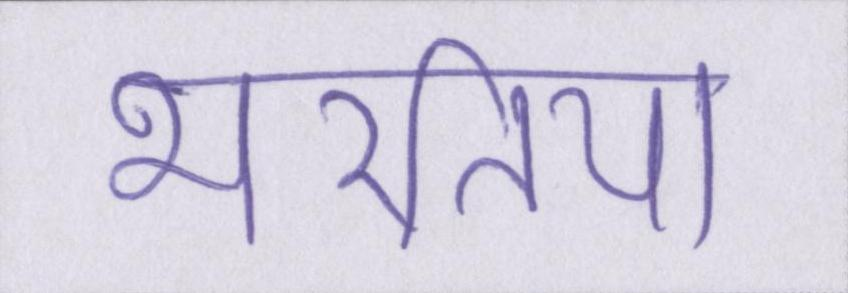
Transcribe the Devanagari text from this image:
भरतिया